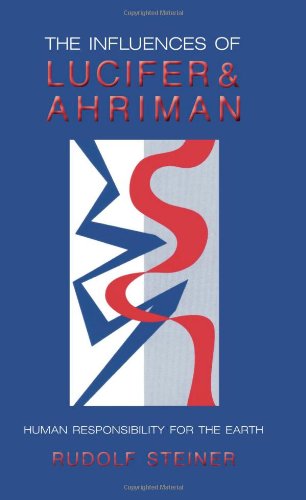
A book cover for The Influences of Lucifer and Ahriman; Rudolf Steiner; Religion & Spirituality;